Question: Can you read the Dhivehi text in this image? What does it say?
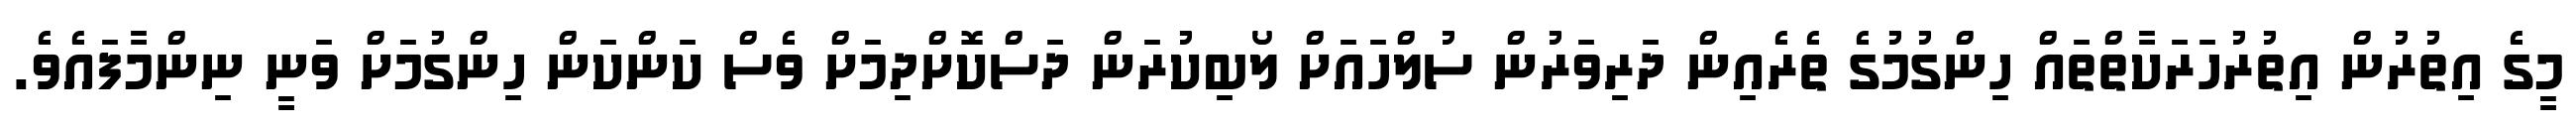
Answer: މީގެ އިތުރުން އިތުރުހަރަކާތްތައް ހިންގުމުގެ ތެރެއިން ދަރިވަރުން ސުލްހައަށް ލޯބިކުރަން ދަސްކޮށްދިމަށް ވެސް ކަންކަން ހިންގުމަށް ވަނީ ނިންމާފައެވެ.